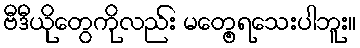
ဗီဒီယိုတွေကိုလည်း မတေ့ွရသေးပါဘူး။